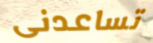
تساعدنى